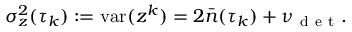
\sigma _ { z } ^ { 2 } ( \tau _ { k } ) : = \mathrm { v a r } ( z ^ { k } ) = 2 \bar { n } ( \tau _ { k } ) + \nu _ { \mathrm { ~ d ~ e ~ t ~ } } .